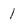
Character: 1